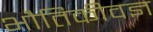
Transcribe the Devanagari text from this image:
भौतिकीवज्ञ